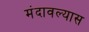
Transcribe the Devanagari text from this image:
मंदावल्यास